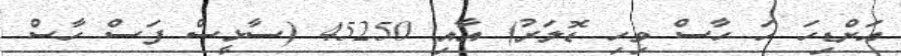
އަށްޑިހަ ހަ ހާސް ވިހި ޑޮލަރު) އާއި 45250 (ސާޅީސް ފަސް ހާސް